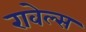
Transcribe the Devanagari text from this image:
रावेल्स